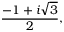
{ \frac { - 1 + i { \sqrt { 3 } } } { 2 } } ,